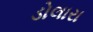
ડોલારા